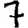
Digit: 7